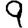
Digit: 9